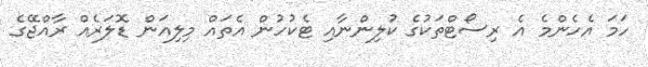
ހަމަ އެހެންމެ އެ ރިސޯޓްތަކުގެ ކުލިންނާއި ޓެކުހުން އެތައް މިލިއަން ޑޮލަރެއް ރާއްޖޭގެ